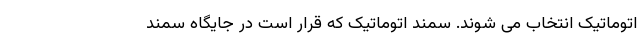
اتوماتیک انتخاب می شوند. سمند اتوماتیک که قرار است در جایگاه سمند